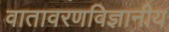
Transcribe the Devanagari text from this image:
वातावरणविज्ञानीय